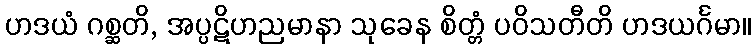
ဟဒယံ ဂစ္ဆတိ, အပ္ပဋိဟညမာနာ သုခေန စိတ္တံ ပဝိသတီတိ ဟဒယင်္ဂမာ။